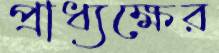
প্রাধ্যক্ষের